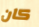
كان